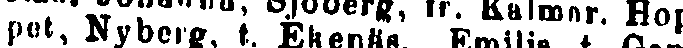
pet, Nyberg, t. Ekenäs. Emilia, t Gam